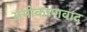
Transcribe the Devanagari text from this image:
समीकरणवाद